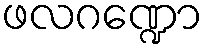
ဖလဂဏ္ဍော